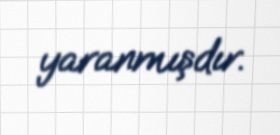
yaranmışdır.